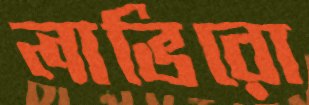
লাভিরো